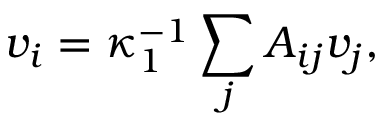
v _ { i } = \kappa _ { 1 } ^ { - 1 } \sum _ { j } A _ { i j } v _ { j } ,